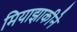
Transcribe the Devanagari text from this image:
मियाझाकीने